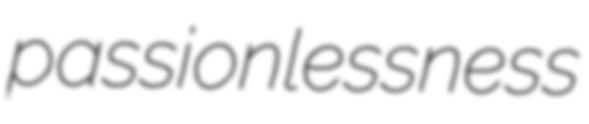
passionlessness